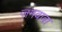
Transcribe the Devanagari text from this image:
जमवावा